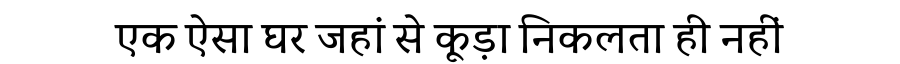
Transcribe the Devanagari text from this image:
एक ऐसा घर जहां से कूड़ा निकलता ही नहीं